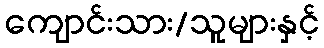
ကျောင်းသား/သူများနှင့်